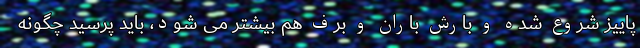
پاییز شروع شده و بارش باران و برف هم بیشتر می شود، باید پرسید چگونه